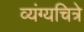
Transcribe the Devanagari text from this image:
व्यंग्यचित्रे